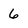
Character: 6